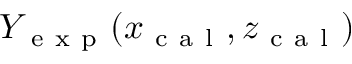
Y _ { \mathrm { ~ e ~ x ~ p ~ } } ( x _ { \mathrm { ~ c ~ a ~ l ~ } } , z _ { \mathrm { ~ c ~ a ~ l ~ } } )